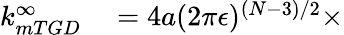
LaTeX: \begin{array}{rl}{k_{mTGD}^{\infty}}&{{}=4a(2\pi\epsilon)^{(N-3)/2}\times}\end{array}